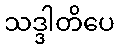
သဒ္ဒါတိပေ